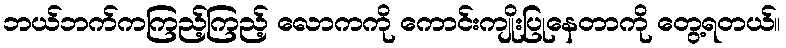
ဘယ်ဘက်ကကြည့်ကြည့် လောကကို ကောင်းကျိုးပြုနေတာကို တွေ့ရတယ်။